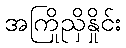
အကြိုညှိနှိုင်း